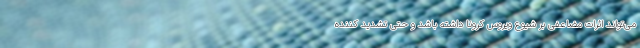
می‌تواند اثرات مضاعفی بر شیوع ویروس کرونا داشته باشد و حتی تشدید کننده